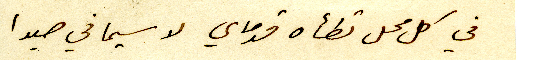
في كل محل تطأه قدماي لا سيما في صيدا